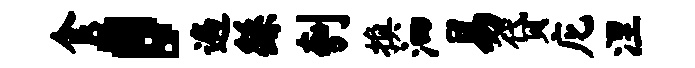
食，遍繇刳换泗易贷庀涅